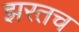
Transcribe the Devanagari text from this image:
झरतच